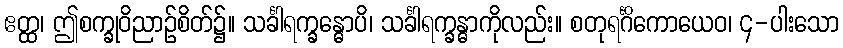
ဧတ္ထ၊ ဤစက္ခုဝိညာဉ်စိတ်၌။ သင်္ခါရက္ခန္ဓောပိ၊ သင်္ခါရက္ခန္ဓာကိုလည်း။ စတုရင်္ဂိကောယေဝ၊ ၄-ပါးသော